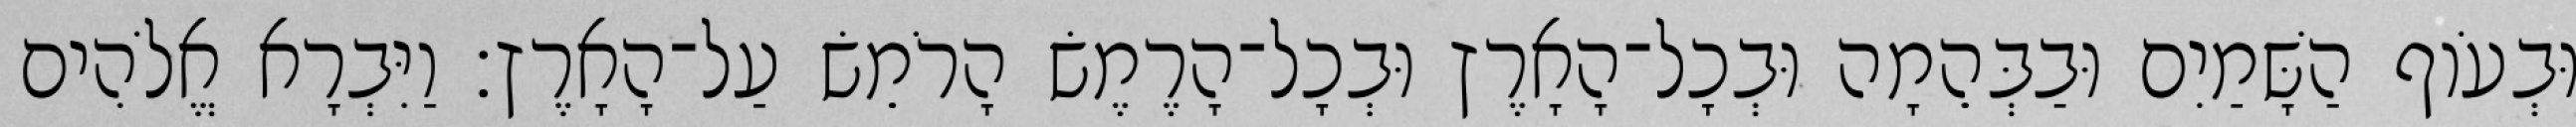
וּבְעֹוף הַשָּׁמַיִם וּבַבְּהֵמָה וּבְכָל־הָאָרֶץ וּבְכָל־הָרֶמֶשׂ הָרֹמֵשׂ עַל־הָאָרֶץ׃ וַיִּבְרָא אֱלֹהִים